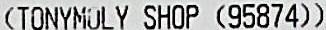
(TONYMOLY SHOP (95874))